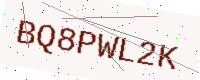
Text: BQ8PWL2K